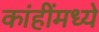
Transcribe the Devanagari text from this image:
कांहींमध्ये